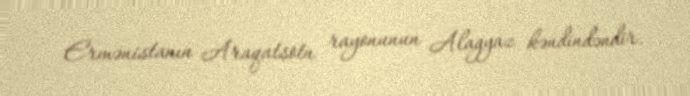
Ermənistanın Araqatsotn rayonunun Alagyaz kəndindəndir.